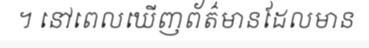
។ នៅពេលឃើញព័ត៌មានដែលមាន